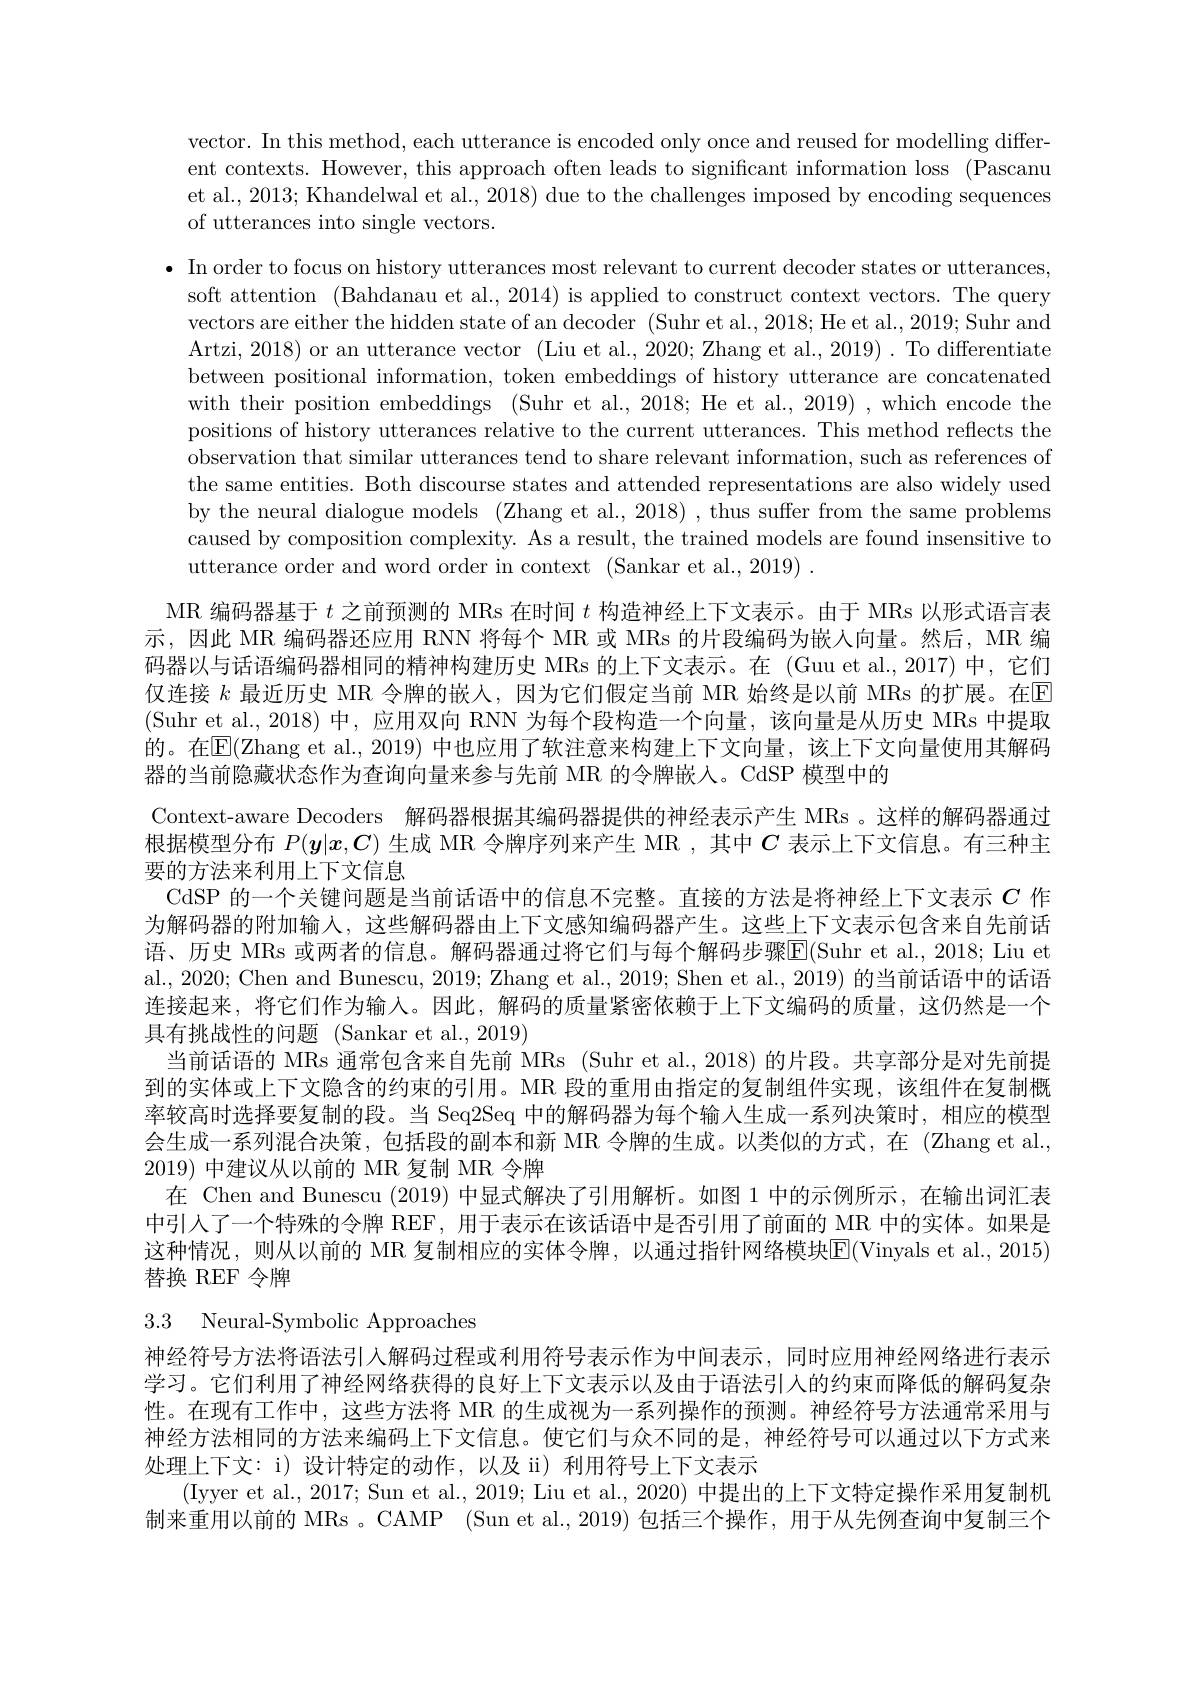
vector. In this method, each utterance is encoded only once and reused for modelling different contexts. However, this approach often leads to significant information loss (Pascanu et al., 2013; Khandelwal et al., 2018) due to the challenges imposed by encoding sequences of utterances into single vectors.

$\bullet$ In order to focus on history utterances most relevant to current decoder states or utterances, soft attention (Bahdanau et al., 2014) is applied to construct context vectors. The query vectors are either the hidden state of an decoder (Suhr et al.,2018; He et al., 2019; Suhr and Artzi, 2018) or an utterance vector (Liu et al., 2020; Zhang et al., 2019) . To differentiate between positional information, token embeddings of history utterance are concatenated with their position embeddings (Suhr et al., 2018; He et al., 2019) , which encode the positions of history utterances relative to the current utterances. This method reflects the observation that similar utterances tend to share relevant information, such as references of the same entities. Both discourse states and attended representations are also widely used by the neural dialogue models (Zhang et al., 2018) , thus suffer from the same problems caused by composition complexity. As a result, the trained models are found insensitive to utterance order and word order in context (Sankar et al., 2019) .
MR 编码器基于$t$之前预测的 MRs 在时间$t$构造神经上下文表示。由于 MRs 以形式语言表示，因此 MR 编码器还应用 RNN 将每个 MR 或 MRs 的片段编码为嵌人向量。然后，MR 编码器以与话语编码器相同的精神构建历史 MRs 的上下文表示。在 (Guu et al.,2017) 中，它们仅连接 $k$ 最近历史 MR 令牌的嵌人，因为它们假定当前 MR 始终是以前 MRs 的扩展。在$\mathbb{E}$ (Suhr et al.,2018)中，应用双向 RNN 为每个段构造一个向量，该向量是从历史 MRs 中提取的。在E(Zhang et al., 2019) 中也应用了软注意来构建上下文向量，该上下文向量使用其解码器的当前隐藏状态作为查询向量来参与先前 MR 的令牌嵌人。CdSP 模型中的
Context-aware Decoders 解码器根据其编码器提供的神经表示产生 MRs 。这样的解码器通过根据模型分布$P(y|x,C)$生成 MR 令牌序列来产生 MR ,其中$C$表示上下文信息。有三种主要的方法来利用上下文信息
CdSP 的一个关键问题是当前话语中的信息不完整。直接的方法是将神经上下文表示$C$作为解码器的附加输人，这些解码器由上下文感知编码器产生。这些上下文表示包含来自先前话语、历史 MRs 或两者的信息。解码器通过将它们与每个解码步骤$\overline{\mathrm{E}}($Suhr et al.,2018; Liu et al., 2020; Chen and Bunescu, 2019; Zhang et al., 2019; Shen et al., 2019) 的当前话语中的话语连接起来，将它们作为输入。因此，解码的质量紧密依赖于上下文编码的质量，这仍然是一个具有挑战性的问题 (Sankar et al.,2019)
当前话语的 MRs 通常包含来自先前 MRs (Suhr et al., 2018) 的片段。共享部分是对先前提到的实体或上下文隐含的约束的引用。MR 段的重用由指定的复制组件实现，该组件在复制概率较高时选择要复制的段。当 Seq2Seq 中的解码器为每个输入生成一系列决策时，相应的模型会生成一系列混合决策，包括段的副本和新 MR 令牌的生成。以类似的方式，在 (Zhang et al., 2019)中建议从以前的 MR 复制 MR 令牌
在 Chen and Bunescu (2019)中显式解决了引用解析。如图 1 中的示例所示，在输出词汇表中引人了一个特殊的令牌 REF, 用于表示在该话语中是否引用了前面的 MR 中的实体。如果是这种情况，则从以前的 MR 复制相应的实体令牌，以通过指针网络模块E(Vinyals et al.,2015) 替换 REF 令牌
3.3 Neural-Symbolic Approaches
神经符号方法将语法引人解码过程或利用符号表示作为中间表示，同时应用神经网络进行表示

学习。它们利用了神经网络获得的良好上下文表示以及由于语法引人的约束而降低的解码复杂性。在现有工作中，这些方法将 MR 的生成视为一系列操作的预测。神经符号方法通常采用与神经方法相同的方法来编码上下文信息。使它们与众不同的是，神经符号可以通过以下方式来处理上下文：i) 设计特定的动作，以及 ii) 利用符号上下文表示
(Iyyer et al., 2017; Sun et al., 2019; Liu et al., 2020) 中提出的上下文特定操作采用复制机制来重用以前的 MRs 。CAMP (Sun et al.,2019)包括三个操作，用于从先例查询中复制三个